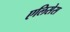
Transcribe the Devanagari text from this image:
एलिसेस